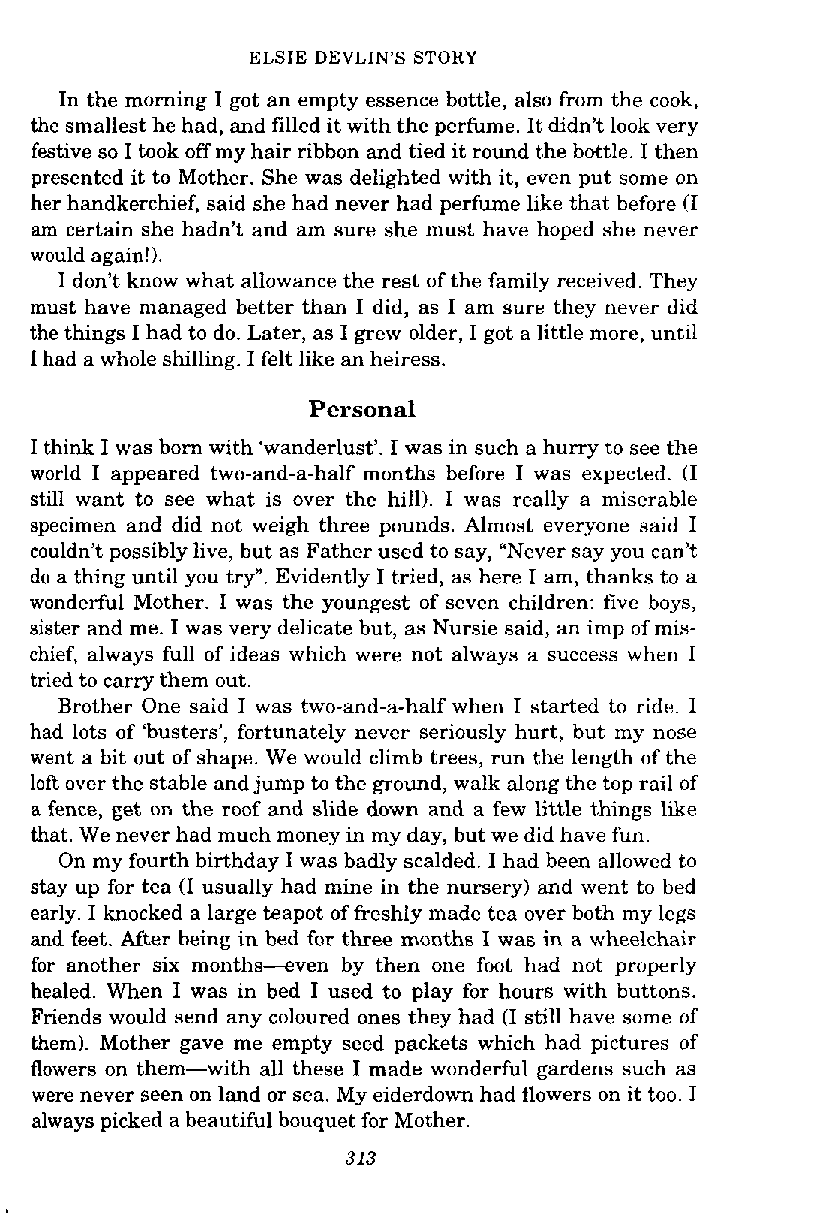
ELSIE DEVLIN'S STORY
 In the morning I got an empty essence bottle, also from the cook,
 the smallest he had, and filled it with the perfume. It didn't look very
 festive so I took off my hair ribbon and tied it round the bottle. I then
 presented it to Mother. She was delighted with it, even put some on
 her handkerchief, said she had never had perfume like that before (I
 am certain she hadn't and am sure she must have hoped she never
 would again!).
 I don't know what allowance the rest of the family received. They
 must have managed better than I did, as I am sure they never did
 the things I had to do. Later, as I grew older, I got a little more, until
 I had a whole shilling. I felt like an heiress.
 Personal
 I think I was born with 'wanderlust'. I was in such a hurry to see the
 world I appeared two-and-a-half months before I was expected. (I
 still want to see what is over the hill). I was really a miserable
 specimen and did not weigh three pounds. Almost everyone said I
 couldn't possibly live, but as Father used to say, "Never say you can't
 do a thing until you try". Evidently I tried, as here I am, thanks to a
 wonderful Mother. I was the youngest of seven children: five boys,
 sister and me. I was very delicate but, as Nursie said, an imp of mis-
 chief, always full of ideas which were not always a success when I
 tried to carry them out.
 Brother One said I was two-and-a-half when I started to ride. I
 had lots of 'busters', fortunately never seriously hurt, but my nose
 went a bit out of shape. We would climb trees, run the length of the
 loft over the stable and jump to the ground, walk along the top rail of
 a fence, get on the roof and slide down and a few little things like
 that. We never had much money in my day, but we did have fun.
 On my fourth birthday I was badly scalded. I had been allowed to
 stay up for tea (I usually had mine in the nursery) and went to bed
 early. I knocked a large teapot of freshly made tea over both my legs
 and feet. After being in bed for three months I was in a wheelchair
 for another six months--even by then one foot had not properly
 healed. When I was in bed I used to play for hours with buttons.
 Friends would send any coloured ones they had (I still have some of
 them). Mother gave me empty seed packets which had pictures of
 flowers on them-with all these I made wonderful gardens such as
 were never seen on land or sea. My eiderdown had flowers on it too. I
 always picked a beautiful bouquet for Mother.